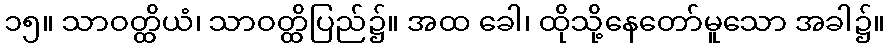
၁၅။ သာဝတ္ထိယံ၊ သာဝတ္ထိပြည်၌။ အထ ခေါ၊ ထိုသို့နေတော်မူသော အခါ၌။